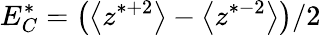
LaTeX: E_{C}^{*}=\big(\big<z^{*+2}\big>-\big<z^{*-2}\big>\big)/2